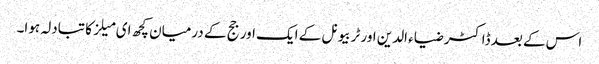
اس کے بعد ڈاکٹر ضیاء الدین اور ٹربیونل کے ایک اور جج کے درمیان کچھ ای میلز کا تبادلہ ہوا۔